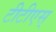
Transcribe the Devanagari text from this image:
टीटीएस्